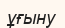
ұғыну